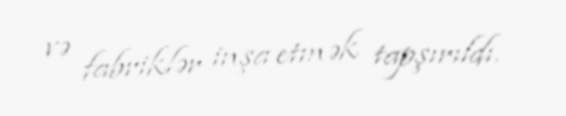
və fabriklər inşa etmək tapşırıldı.